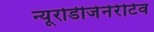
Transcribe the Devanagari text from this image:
न्यूरोडीजेनेरेटिव